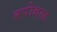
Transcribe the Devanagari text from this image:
तपोबळ